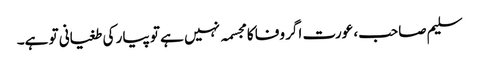
سلیم صاحب، عورت اگر وفا کا مجسمہ نہیں ہے تو پیار کی طغیانی تو ہے۔